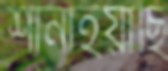
শানাইয়াছি